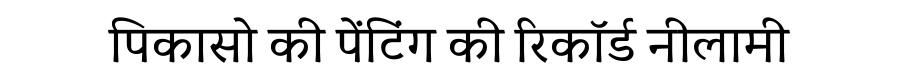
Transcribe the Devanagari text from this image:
पिकासो की पेंटिंग की रिकॉर्ड नीलामी